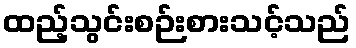
ထည့်သွင်းစဉ်းစားသင့်သည်